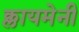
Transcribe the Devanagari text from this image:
क्लायमेनी